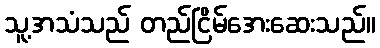
သူ့အသံသည် တည်ငြိမ်အေးဆေးသည်။